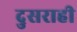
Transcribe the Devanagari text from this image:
दुसराही